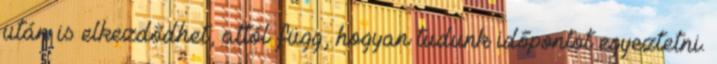
után is elkezdődhet, attól függ, hogyan tudunk időpontot egyeztetni.